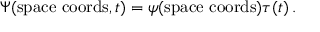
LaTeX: \Psi ( { \mathrm { s p a c e ~ c o o r d s } } , t ) = \psi ( { \mathrm { s p a c e ~ c o o r d s } } ) \tau ( t ) \, .